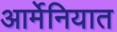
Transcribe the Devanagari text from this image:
आर्मेनियात